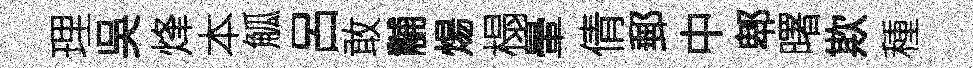
理吳烽本觚呂敢黼煬榻暈倩郵中郫曙欺種